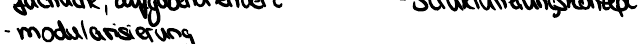
- modularisierung